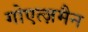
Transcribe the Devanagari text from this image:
गोएत्ज़मैन